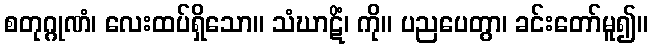
စတုဂ္ဂုဏံ၊ လေးထပ်ရှိသော။ သံဃာဋိံ၊ ကို။ ပညပေတွာ၊ ခင်းတော်မူ၍။